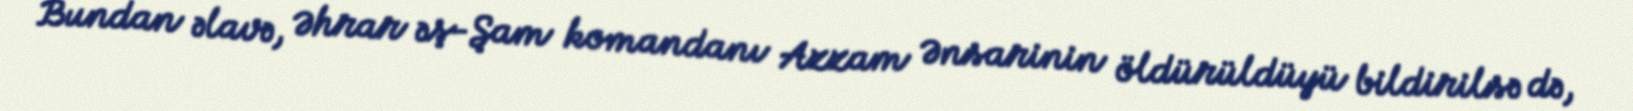
Bundan əlavə, Əhrar əş-Şam komandanı Azzam Ənsarinin öldürüldüyü bildirilsə də,